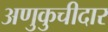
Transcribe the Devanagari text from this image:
अणुकुचीदार